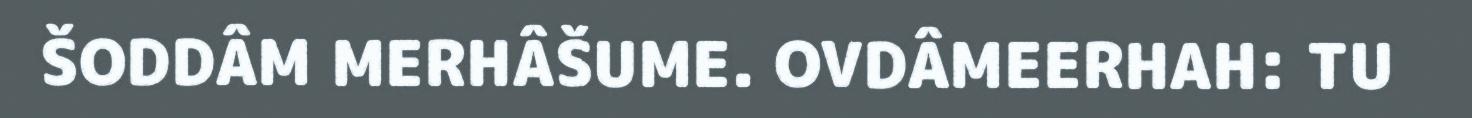
ŠODDÂM MERHÂŠUME. OVDÂMEERHAH: TU